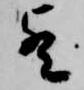
歟